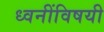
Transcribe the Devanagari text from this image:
ध्वनींविषयी